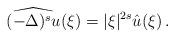
LaTeX: \begin{align*} \widehat { ( {-\Delta})^{s}u}(\xi)=|\xi|^{2s} \hat u(\xi)\,. \end{align*}